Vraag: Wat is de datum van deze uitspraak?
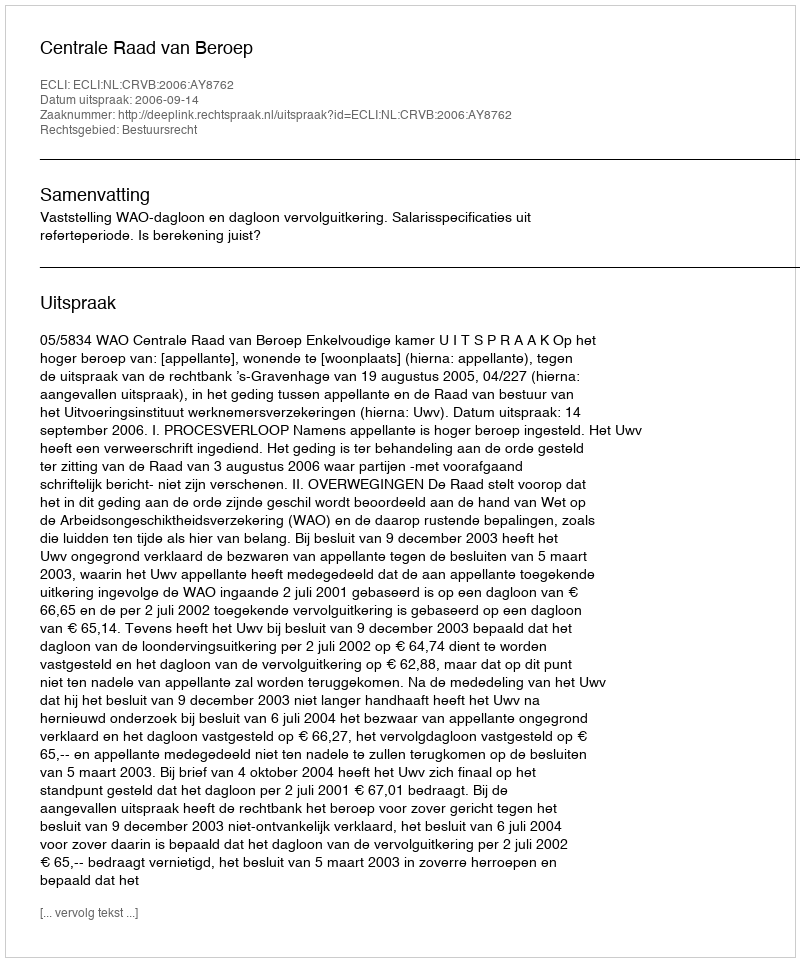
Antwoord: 2006-09-14